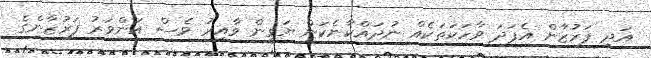
އަދި ފަރުޒާން އެފަދަ ވާހަކަތަކެއް ނުދައްކާނެކަން ޔަގީން ވާއިރު ވެސް އަންވަރު ފަރުޒާންގެ